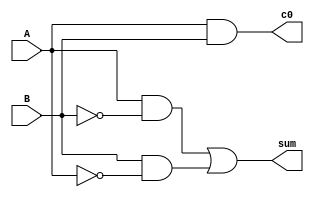
`timescale 1ns / 1ps
module halfadder(input A , input B ,output c0, output sum
    );
assign c0= { A & B } ;
//a sum b = a xor b = ~a.b U ~b.a
assign sum = { (A & (~ B ) ) | (B & (~ A ) )};

endmodule